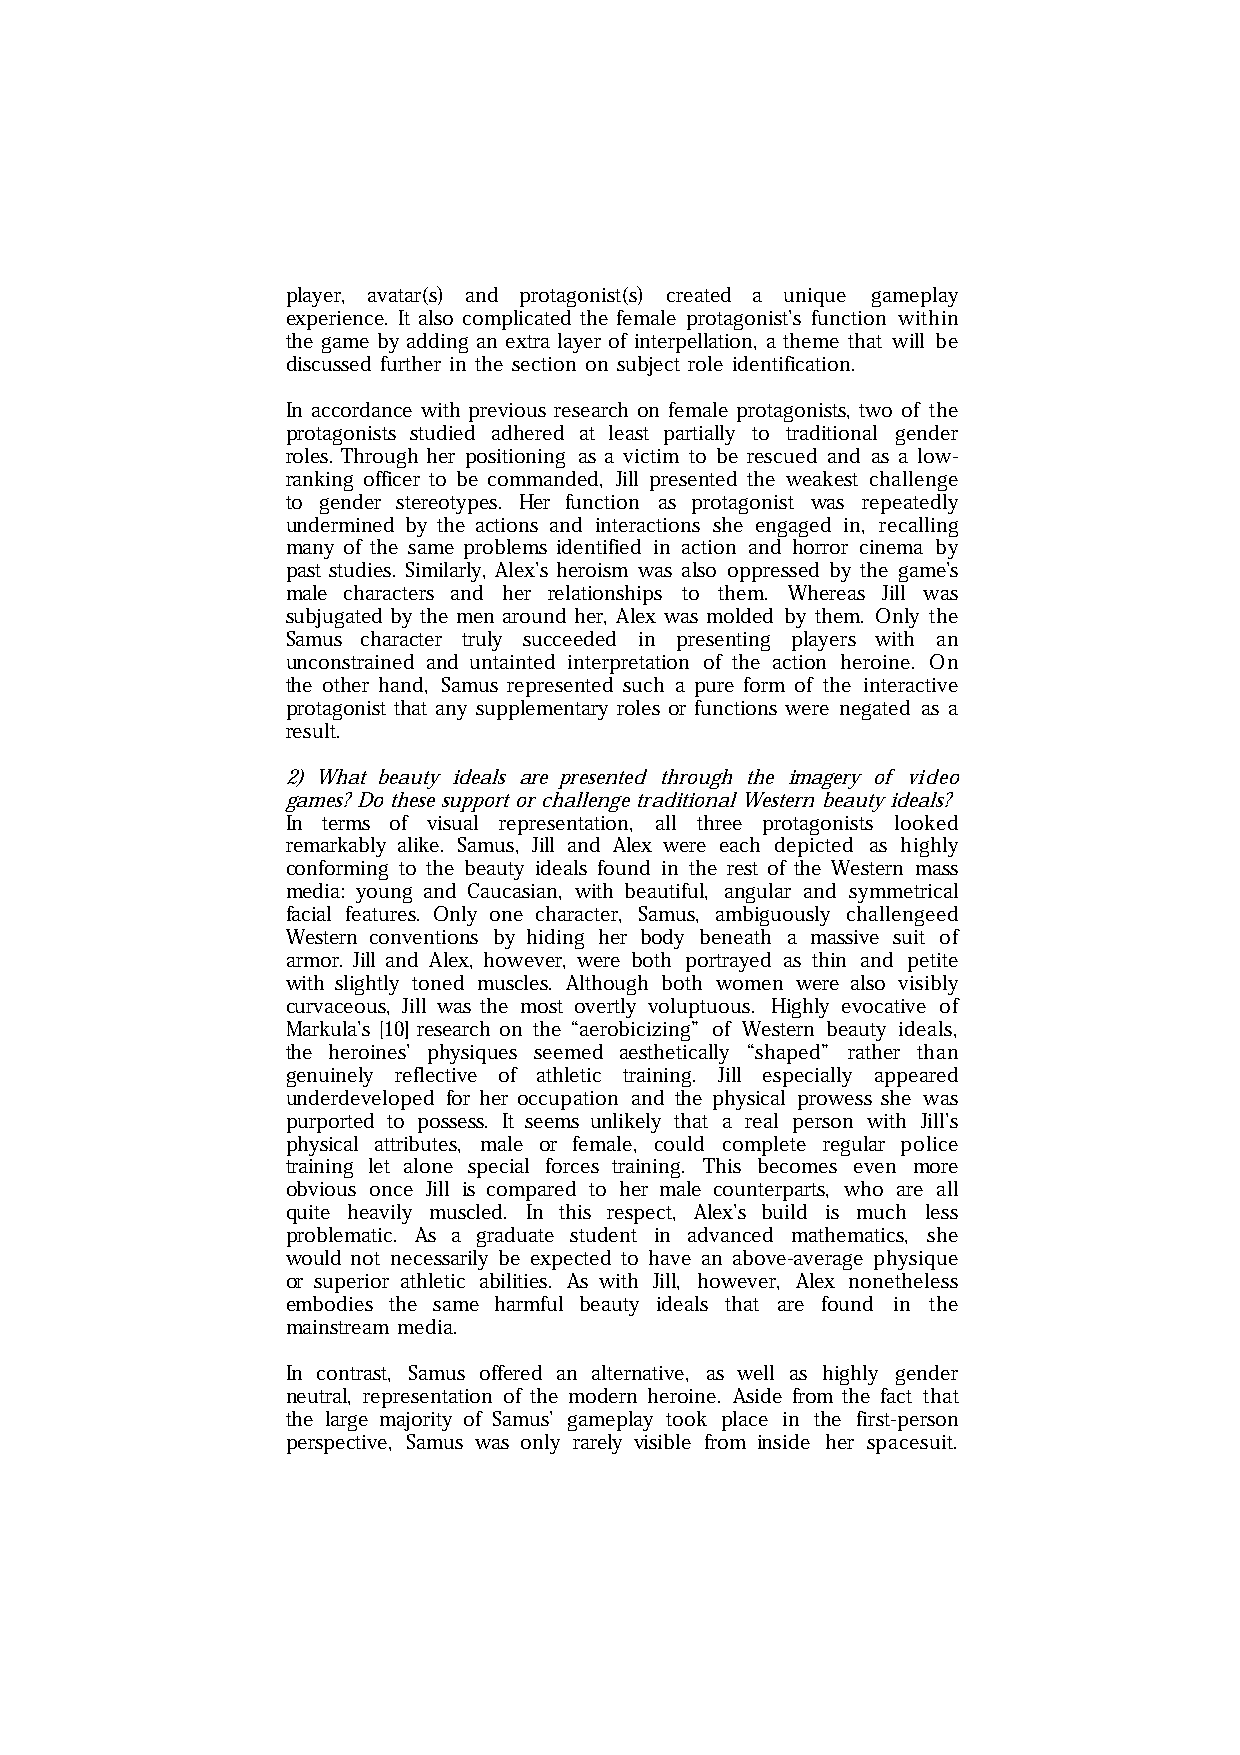
player, avatar(s) and protagonist(s) created a unique gameplay
 experience. It also complicated the female protagonist’s function within
 the game by adding an extra layer of interpellation, a theme that will be
 discussed further in the section on subject role identification.
 In accordance with previous research on female protagonists, two of the
 protagonists studied adhered at least partially to traditional gender
 roles. Through her positioning as a victim to be rescued and as a low-
 ranking officer to be commanded, Jill presented the weakest challenge
 to gender stereotypes. Her function as protagonist was repeatedly
 undermined by the actions and interactions she engaged in, recalling
 many of the same problems identified in action and horror cinema by
 past studies. Similarly, Alex’s heroism was also oppressed by the game’s
 male characters and her relationships to them. Whereas Jill was
 subjugated by the men around her, Alex was molded by them. Only the
 Samus character truly succeeded in presenting players with an
 unconstrained and untainted interpretation of the action heroine. On
 the other hand, Samus represented such a pure form of the interactive
 protagonist that any supplementary roles or functions were negated as a
 result.
 2) What beauty ideals are presented through the imagery of video
 games? Do these support or challenge traditional Western beauty ideals?
 In terms of visual representation, all three protagonists looked
 remarkably alike. Samus, Jill and Alex were each depicted as highly
 conforming to the beauty ideals found in the rest of the Western mass
 media: young and Caucasian, with beautiful, angular and symmetrical
 facial features. Only one character, Samus, ambiguously challengeed
 Western conventions by hiding her body beneath a massive suit of
 armor. Jill and Alex, however, were both portrayed as thin and petite
 with slightly toned muscles. Although both women were also visibly
 curvaceous, Jill was the most overtly voluptuous. Highly evocative of
 Markula’s [10] research on the “aerobicizing” of Western beauty ideals,
 the heroines’ physiques seemed aesthetically “shaped” rather than
 genuinely reflective of athletic training. Jill especially appeared
 underdeveloped for her occupation and the physical prowess she was
 purported to possess. It seems unlikely that a real person with Jill’s
 physical attributes, male or female, could complete regular police
 training let alone special forces training. This becomes even more
 obvious once Jill is compared to her male counterparts, who are all
 quite heavily muscled. In this respect, Alex’s build is much less
 problematic. As a graduate student in advanced mathematics, she
 would not necessarily be expected to have an above-average physique
 or superior athletic abilities. As with Jill, however, Alex nonetheless
 embodies the same harmful beauty ideals that are found in the
 mainstream media.
 In contrast, Samus offered an alternative, as well as highly gender
 neutral, representation of the modern heroine. Aside from the fact that
 the large majority of Samus’ gameplay took place in the first-person
 perspective, Samus was only rarely visible from inside her spacesuit.